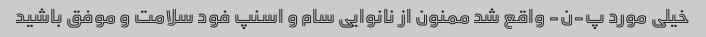
خیلی مورد پ-ن- واقع شد ممنون از نانوایی سام و اسنپ فود سلامت و موفق باشید